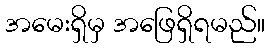
အမေးရှိမှ အဖြေရှိရမည်။